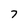
Character: 7